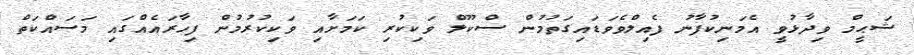
ޝަޙީމް ވިދާޅުވީ އެމަނިކުފާނު ފެއިލްވެވަޑައިގަތުމުން ސްކޫލް ވަކިކުރި ކަމަށާއި ވަކިކުރުމުން ފިހާރައެއްގައި މަސައްކަތް